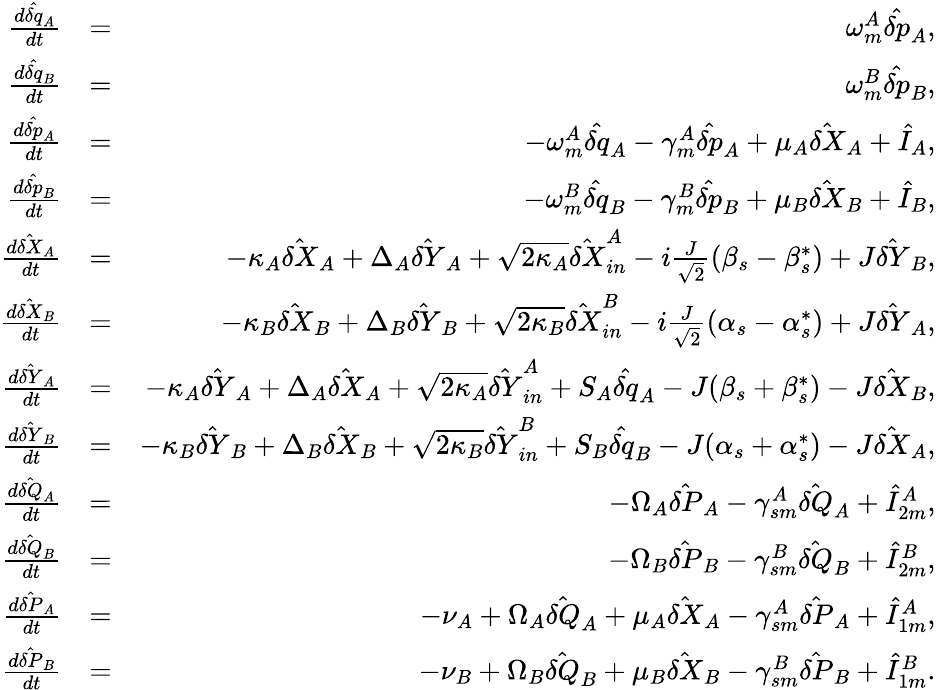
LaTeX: \begin{array}{rlr}{\frac{d\hat{\delta q}_{A}}{dt}}&{=}&{\omega_{m}^{A}\hat{\delta p}_{A},}\\ {\frac{d\hat{\delta q}_{B}}{dt}}&{=}&{\omega_{m}^{B}\hat{\delta p}_{B},}\\ {\frac{d\hat{\delta p}_{A}}{dt}}&{=}&{-\omega_{m}^{A}\hat{\delta q}_{A}-\gamma_{m}^{A}\hat{\delta p}_{A}+\mu_{A}\hat{\delta X}_{A}+\hat{I}_{A},}\\ {\frac{d\hat{\delta p}_{B}}{dt}}&{=}&{-\omega_{m}^{B}\hat{\delta q}_{B}-\gamma_{m}^{B}\hat{\delta p}_{B}+\mu_{B}\hat{\delta X}_{B}+\hat{I}_{B},}\\ {\frac{d\hat{\delta X}_{A}}{dt}}&{=}&{-\kappa_{A}\hat{\delta X}_{A}+\Delta_{A}\hat{\delta Y}_{A}+\sqrt{2\kappa_{A}}\hat{\delta X}_{in}^{A}-i\frac{J}{\sqrt{2}}(\beta_{s}-\beta_{s}^{*})+J\hat{\delta Y}_{B},}\\ {\frac{d\hat{\delta X}_{B}}{dt}}&{=}&{-\kappa_{B}\hat{\delta X}_{B}+\Delta_{B}\hat{\delta Y}_{B}+\sqrt{2\kappa_{B}}\hat{\delta X}_{in}^{B}-i\frac{J}{\sqrt{2}}(\alpha_{s}-\alpha_{s}^{*})+J\hat{\delta Y}_{A},}\\ {\frac{d\hat{\delta Y}_{A}}{dt}}&{=}&{-\kappa_{A}\hat{\delta Y}_{A}+\Delta_{A}\hat{\delta X}_{A}+\sqrt{2\kappa_{A}}\hat{\delta Y}_{in}^{A}+S_{A}\hat{\delta q}_{A}-J(\beta_{s}+\beta_{s}^{*})-J\hat{\delta X}_{B},}\\ {\frac{d\hat{\delta Y}_{B}}{dt}}&{=}&{-\kappa_{B}\hat{\delta Y}_{B}+\Delta_{B}\hat{\delta X}_{B}+\sqrt{2\kappa_{B}}\hat{\delta Y}_{in}^{B}+S_{B}\hat{\delta q}_{B}-J(\alpha_{s}+\alpha_{s}^{*})-J\hat{\delta X}_{A},}\\ {\frac{d\hat{\delta Q}_{A}}{dt}}&{=}&{-\Omega_{A}\hat{\delta P}_{A}-\gamma_{sm}^{A}\hat{\delta Q}_{A}+\hat{I}_{2m}^{A},}\\ {\frac{d\hat{\delta Q}_{B}}{dt}}&{=}&{-\Omega_{B}\hat{\delta P}_{B}-\gamma_{sm}^{B}\hat{\delta Q}_{B}+\hat{I}_{2m}^{B},}\\ {\frac{d\hat{\delta P}_{A}}{dt}}&{=}&{-\nu_{A}+\Omega_{A}\hat{\delta Q}_{A}+\mu_{A}\hat{\delta X}_{A}-\gamma_{sm}^{A}\hat{\delta P}_{A}+\hat{I}_{1m}^{A},}\\ {\frac{d\hat{\delta P}_{B}}{dt}}&{=}&{-\nu_{B}+\Omega_{B}\hat{\delta Q}_{B}+\mu_{B}\hat{\delta X}_{B}-\gamma_{sm}^{B}\hat{\delta P}_{B}+\hat{I}_{1m}^{B}.}\end{array}